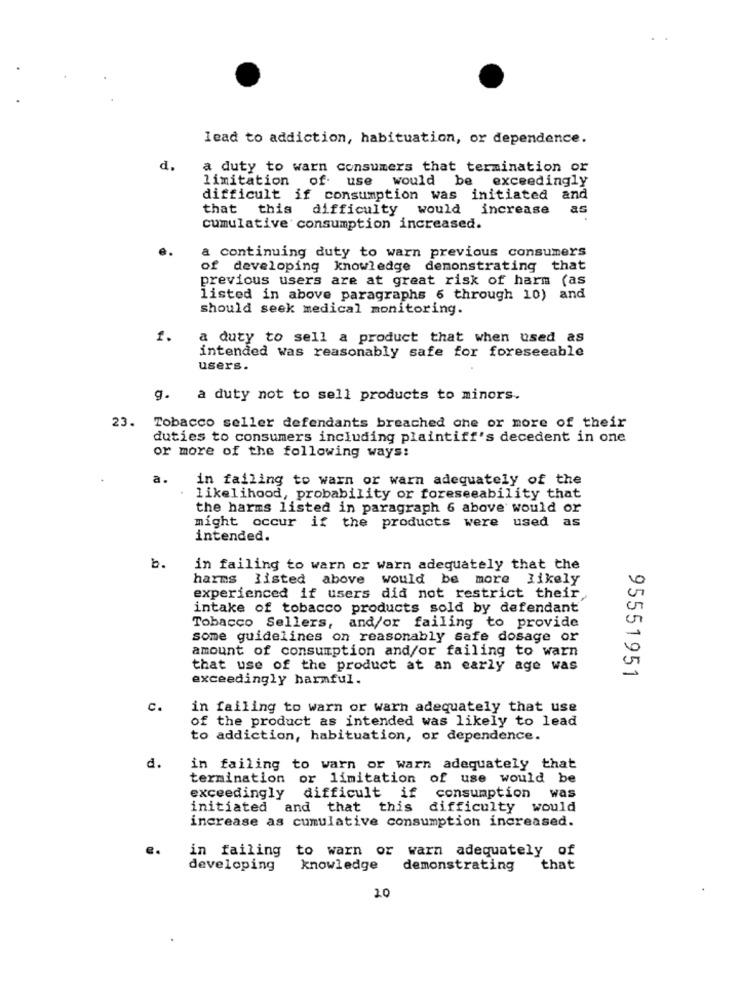
lead to addiction, habituation, or dependence.
d.
a duty to warn consumers that termination or
limitation of. use would be exceedingly
difficult if consumption was initiated and
that this difficulty would increase
as
cumulative consumption increased.
a continuing duty to warn previous consumers
of developing knowledge demonstrating that
previous users are at great risk of harm (as
listed in above paragraphs 6 through 10) and
should seek medical monitoring.
f.
a duty to sell a product that when used as
intended was reasonably safe for foreseeable
users.
g. a duty not to sell products to minors.
23.
Tobacco seller defendants breached one or more of their
duties to consumers including plaintiff's decedent in one
or more of the following ways:
a.
in failing to warn or warn adequately of the
likelihood, probability or foreseeability that
the harms listed in paragraph 6 above would or
might occur if the products were used as
intended.
b.
in failing to warn or warn adequately that the
harms listed above would be more likely
experienced if users did not restrict their
intake of tobacco products sold by defendant
Tobacco Sellers, and/or failing to provide
some guidelines on reasonably safe dosage or
amount of consumption and/or failing to warn
that use of the product at an early age was
95551951
exceedingly harmful.
c.
in failing to warn or warn adequately that use
of the product as intended was likely to lead
to addiction, habituation, or dependence.
d.
in failing to warn or warn adequately that
termination or limitation of use would be
exceedingly difficult if consumption
was
initiated and that this difficulty would
increase as cumulative consumption increased.
in failing to warn or warn adequately of
developing
knowledge
demonstrating
that
20